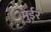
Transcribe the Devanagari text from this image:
मुईर